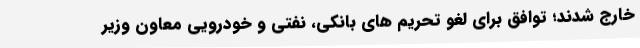
خارج شدند؛ توافق برای لغو تحریم های بانکی، نفتی و خودرویی معاون وزیر